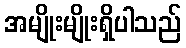
အမျိုးမျိုးရှိပါသည်